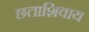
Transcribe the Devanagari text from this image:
छताशिवाय